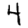
Digit: 4